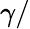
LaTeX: \gamma/